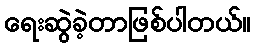
ရေးဆွဲခဲ့တာဖြစ်ပါတယ်။